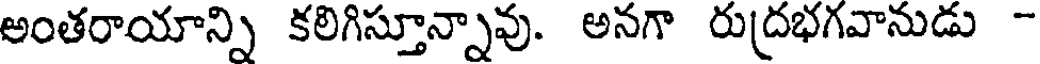
అంతరాయాన్ని కలిగిస్తూన్నావు. అనగా రుద్రభగవానుడు -